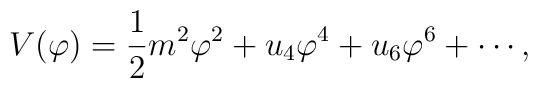
V(\varphi)={1\over2}m^2\varphi^2+u_4\varphi^4+u_6\varphi^6+\cdots,